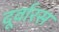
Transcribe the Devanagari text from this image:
दूर्वारस